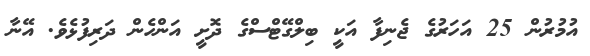
އުމުރުން 25 އަހަރުގެ ޖެނިފާ އަކީ ބިލްގޭޓްސްގެ ދޮށީ އަންހެން ދަރިފުޅެވެ. އޭނާ